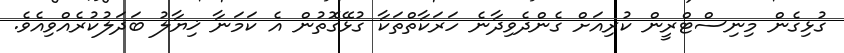
ގުޅިގެން މިނިސްޓްރީން ކުރިއަށް ގެންދެވިދާނެ ހަރަކާތްތަކާ ގުޅޭގޮތުން އެ ކަމަނާ ޚިޔާލު ބަދަލުކުރެއްވިއެވެ.